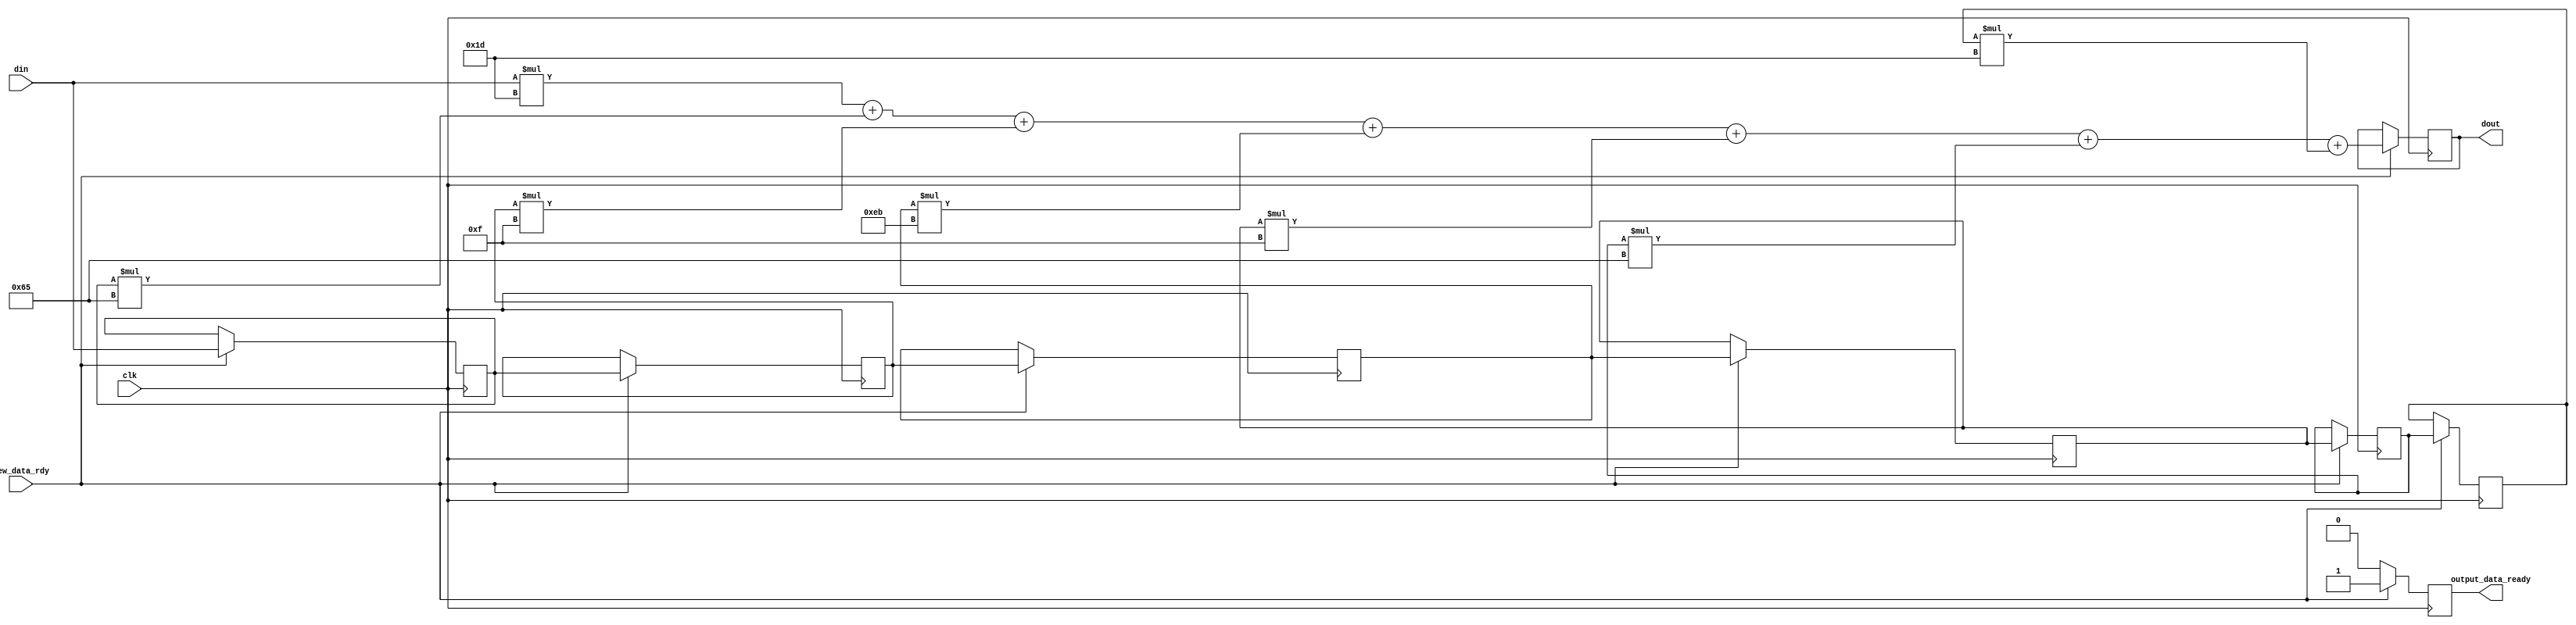
	`define WIDTH_4B 4'b1000
`define COEF0_b  29
	`define COEF1_b  101
//	`define COEF2_b  -15
//	`define COEF3_b  -235
//	`define COEF4_b  -15
	`define COEF2_b  15
	`define COEF3_b  235
	`define COEF4_b  15
	`define COEF5_b  101
	`define COEF6_b  29
	`define WIDTH_5B 5'b10000
	`define COEF0_c  4
	`define COEF1_c  42
	`define COEF2_c  163
	`define COEF3_c  255
	`define COEF4_c  163
	`define COEF5_c  42
	`define COEF6_c  4
//	`define COEF0_d  -12
//	`define COEF1_d  -77
//	`define COEF2_d  -148
	`define COEF0_d  12
	`define COEF1_d  77
	`define COEF2_d  148
	`define COEF3_d  0
	`define COEF4_d  148
	`define COEF5_d  77
	`define COEF6_d  12
	`define COEF0_1  15
//`define COEF0_1  -15
	`define COEF1_1  25
	`define COEF2_1  193
	`define COEF3_1  0
//	`define COEF4_1  -193
//	`define COEF5_1  -25
	`define COEF4_1  193
	`define COEF5_1  25
	`define COEF6_1  15
	`define COEF0_2  4
	`define COEF1_2  42
	`define COEF2_2  163
	`define COEF3_2  255
	`define COEF4_2  163
	`define COEF5_2  42
	`define COEF6_2  4
//	`define COEF0_3  -9
//	`define COEF1_3  -56
//	`define COEF2_3  -109
	`define COEF0_3  9
	`define COEF1_3  56
	`define COEF2_3  109
	`define COEF3_3  0
	`define COEF4_3  109
	`define COEF5_3  56
	`define COEF6_3  9
//	`define COEF0_4  -9
//	`define COEF1_4  -56
//	`define COEF2_4  -109
	`define COEF0_4  9
	`define COEF1_4  56
	`define COEF2_4  109
	`define COEF3_4  0
	`define COEF4_4  109
	`define COEF5_4  56
	`define COEF6_4  9

module my_fir_f1 (clk, new_data_rdy, output_data_ready, din, dout);

//coefdata=29,101,-15,-235,-15,101,29;

	//parameter `WIDTH = 5'b10000;

    input clk; 
    input[`WIDTH_5B - 1:0] din; 
    output[28 - 1:0] dout; 
    reg[28 - 1:0] dout;
	input new_data_rdy;
	output output_data_ready;
	reg output_data_ready;

    reg[`WIDTH_5B - 1:0]n_delay_reg1;
    reg[`WIDTH_5B - 1:0]n_delay_reg2;
    reg[`WIDTH_5B - 1:0]n_delay_reg3;
    reg[`WIDTH_5B - 1:0]n_delay_reg4;
    reg[`WIDTH_5B - 1:0]n_delay_reg5;
    reg[`WIDTH_5B - 1:0]n_delay_reg6;

    always @(posedge clk)
    begin
		if (new_data_rdy == 1'b1)
		begin
			n_delay_reg1 <= din;
			n_delay_reg2 <= n_delay_reg1;
			n_delay_reg3 <= n_delay_reg2;
			n_delay_reg4 <= n_delay_reg3;
			n_delay_reg5 <= n_delay_reg4;
			n_delay_reg6 <= n_delay_reg5;
		
			output_data_ready <= 1'b1;
			dout <= (din * `COEF0_b) + 
				(n_delay_reg1 * `COEF1_b) + 
				(n_delay_reg2 * `COEF2_b) + 
				(n_delay_reg3 * `COEF3_b) + 
				(n_delay_reg4 * `COEF4_b) + 
				(n_delay_reg5 * `COEF5_b) + 
				(n_delay_reg6 * `COEF6_b);
		end
		else
		begin
			output_data_ready <= 1'b0;
		end
	end
endmodule